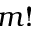
m !